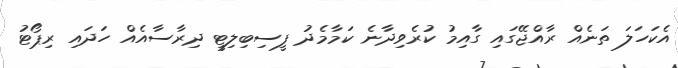
އެކަހަލަ ތަނެއް ރާއްޖޭގައި ގާއިމު ކުރެވިދާނެ ކަމާމެދު ފީސިބިލިޓީ ދިރާސާއެއް ހަދައި ރިޕޯޓު